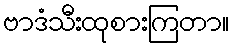
ဗာဒံသီးထုစားကြတာ။